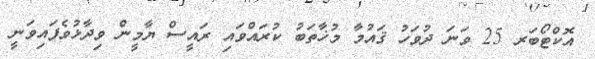
އޮކްޓޯބަރ 25 ވަނަ ދުވަހު ޤައުމާ މުޚާތަބު ކުރައްވައި ރައީސް ޔާމީން ވިދާޅުވެފައިވަނީ